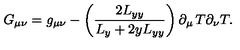
G _ { \mu \nu } = g _ { \mu \nu } - \left( \frac { 2 L _ { y y } } { L _ { y } + 2 y L _ { y y } } \right) \partial _ { \mu } \thinspace T \partial _ { \nu } T .